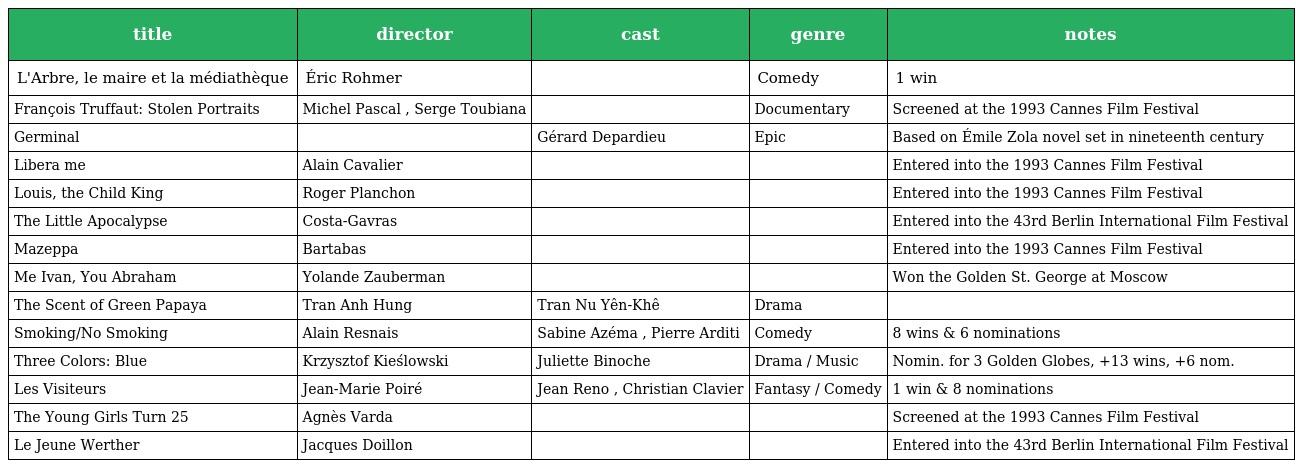
| title | director | cast | genre | notes |
 | --- | --- | --- | --- | --- |
 | L'Arbre, le maire et la médiathèque | Éric Rohmer |  | Comedy | 1 win |
 | François Truffaut: Stolen Portraits | Michel Pascal , Serge Toubiana |  | Documentary | Screened at the 1993 Cannes Film Festival |
 | Germinal |  | Gérard Depardieu | Epic | Based on Émile Zola novel set in nineteenth century |
 | Libera me | Alain Cavalier |  |  | Entered into the 1993 Cannes Film Festival |
 | Louis, the Child King | Roger Planchon |  |  | Entered into the 1993 Cannes Film Festival |
 | The Little Apocalypse | Costa-Gavras |  |  | Entered into the 43rd Berlin International Film Festival |
 | Mazeppa | Bartabas |  |  | Entered into the 1993 Cannes Film Festival |
 | Me Ivan, You Abraham | Yolande Zauberman |  |  | Won the Golden St. George at Moscow |
 | The Scent of Green Papaya | Tran Anh Hung | Tran Nu Yên-Khê | Drama |  |
 | Smoking/No Smoking | Alain Resnais | Sabine Azéma , Pierre Arditi | Comedy | 8 wins & 6 nominations |
 | Three Colors: Blue | Krzysztof Kieślowski | Juliette Binoche | Drama / Music | Nomin. for 3 Golden Globes, +13 wins, +6 nom. |
 | Les Visiteurs | Jean-Marie Poiré | Jean Reno , Christian Clavier | Fantasy / Comedy | 1 win & 8 nominations |
 | The Young Girls Turn 25 | Agnès Varda |  |  | Screened at the 1993 Cannes Film Festival |
 | Le Jeune Werther | Jacques Doillon |  |  | Entered into the 43rd Berlin International Film Festival |